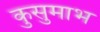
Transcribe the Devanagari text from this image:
कुसुमाभ